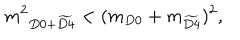
\displaystyle { m ^ { 2 } } _ { D 0 + \widetilde { D 4 } } < ( m _ { D 0 } + m _ { \widetilde { D 4 } } ) ^ { 2 } ,